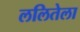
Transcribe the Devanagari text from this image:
ललितेला